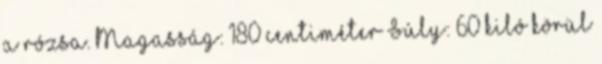
a rózsa. Magasság: 180 centiméter Súly: 60 kiló körül